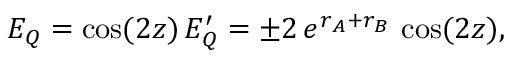
E _ { Q } = \cos ( 2 z ) \, E _ { Q } ^ { \prime } = \pm 2 \, e ^ { r _ { A } + r _ { B } } \, \cos ( 2 z ) ,